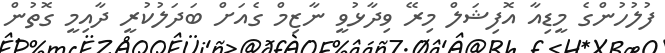
ފުލުހުންގެ މީޑިއާ އޮފިޝަލް މިރޭ ވިދާޅުވީ ނާޒިމް ގެއަށް ބަދަލުކުރީ ދާއިމީ ގޮތުން